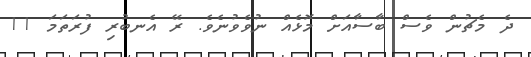
ދެ މެޗުން ވެސް ބާސާއަށް މޮޅެއް ނުވެވުނެވެ. ރޭ އެނބުރި ފުރަތަމަ 11